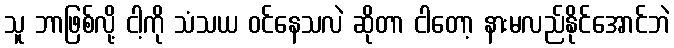
သူ ဘာဖြစ်လို့ ငါ့ကို သံသယ ဝင်နေသလဲ ဆိုတာ ငါတော့ နားမလည်နိုင်အောင်ဘဲ